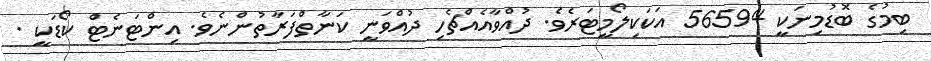
ބިމުގެ ބޮޑުމިނަކީ 56594 އަކަކިލޯމީޓަރެވެ. ދުއްވާއެއްޗެހި ދުއްވަނީ ކަނާތްފަރާތުންނެވެ. އިންޓަނެޓް ކޯޑަކީ .